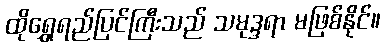
ထိုရွှေရည်ပြင်ကြီးသည် သမုဒ္ဒရာ မဖြစ်နိုင်။